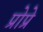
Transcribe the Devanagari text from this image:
प्रोप्रे